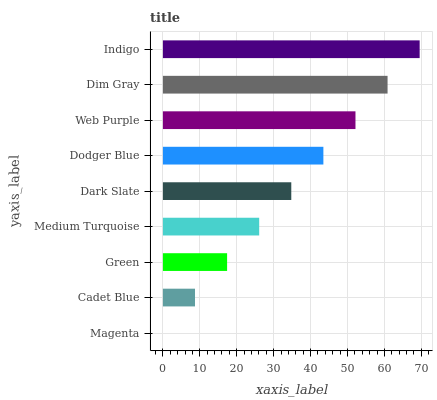
| yaxis_label | bars |
 | --- | --- |
 | Magenta | 0 |
 | Cadet Blue | 8.69 |
 | Green | 17.4 |
 | Medium Turquoise | 26.1 |
 | Dark Slate | 34.8 |
 | Dodger Blue | 43.5 |
 | Web Purple | 52.2 |
 | Dim Gray | 60.9 |
 | Indigo | 69.6 |